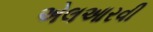
એલઆરવી